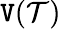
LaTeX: \mathtt{V}(\mathcal{T})